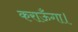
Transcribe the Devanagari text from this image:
कराऊँगा।